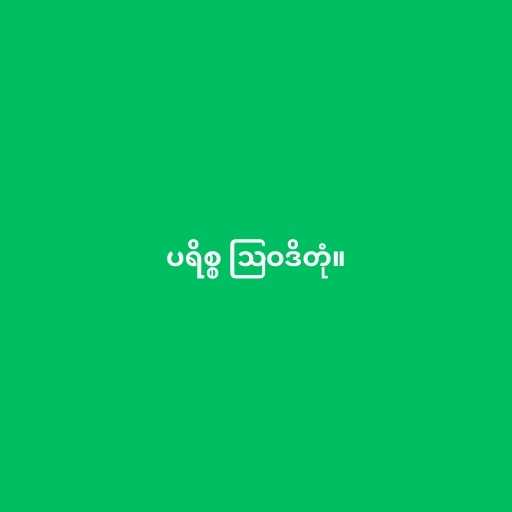
ပရိစ္စ ဩဝဒိတုံ။